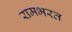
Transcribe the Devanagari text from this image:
रामभरत